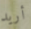
أريد